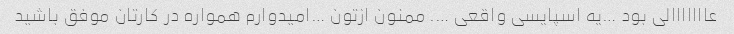
عااااااالی بود …یه اسپایسی واقعی …. ممنون ازتون …امیدوارم همواره در کارتان موفق باشید